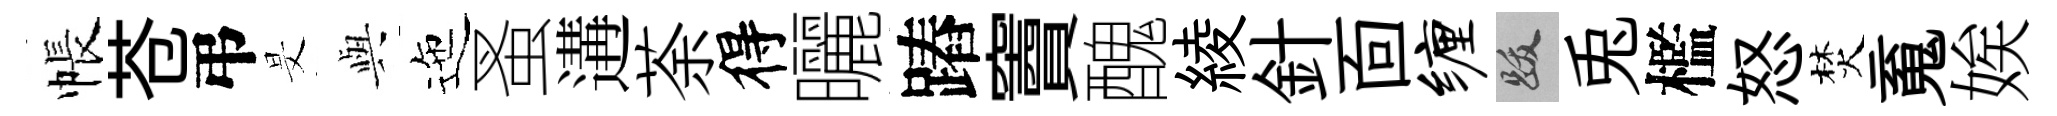
帳苍弔旻𫤰迤蚤遘荼得曬蹖竇醜綾針靣缠跋兎檻怒焚䰟娭